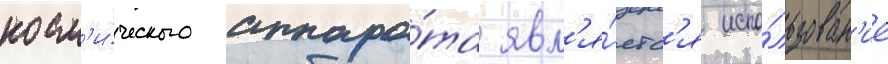
косм'и́ческого аппара́та явл'я́етс'я испо́льзован'ие